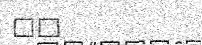
١٨